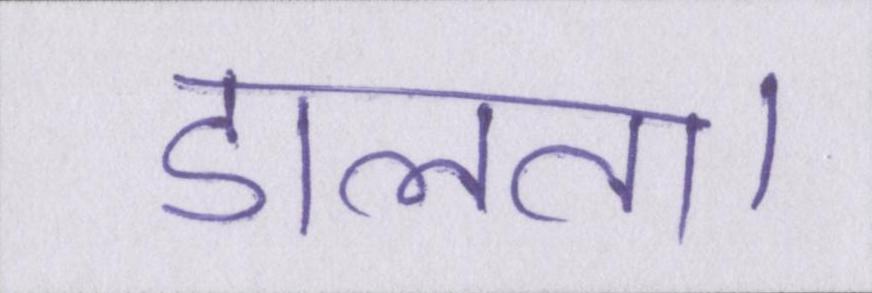
डालता।